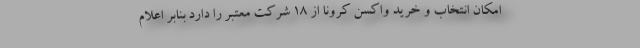
امکان انتخاب و خرید واکسن کرونا از ۱۸ شرکت معتبر را دارد بنابر اعلام